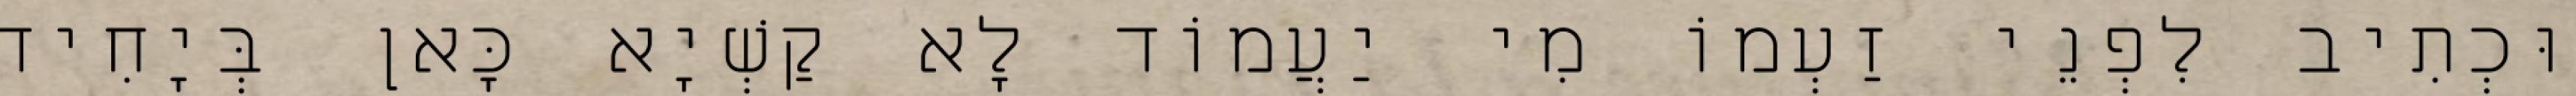
וּכְתִיב לִפְנֵי זַעְמוֹ מִי יַעֲמוֹד לָא קַשְׁיָא כָּאן בְּיָחִיד